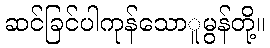
ဆင်ခြင်ပါကုန်သောူမွန်တို့။